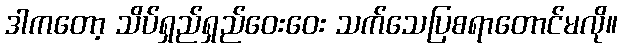
ဒါကတော့ သိပ်ရှည်ရှည်ဝေးဝေး သက်သေပြစရာတောင်မလို။